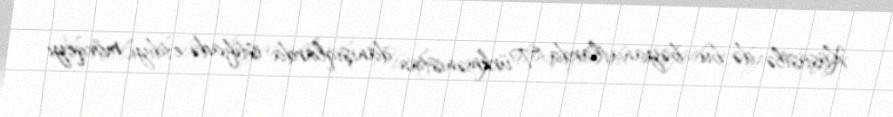
Xüsusilə də bu bəyanatlarda Türkmənistan danışıqlarda istifadə etdiyi mövqeyi